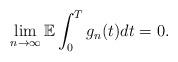
LaTeX: \begin{align*}\lim_{n\rightarrow \infty} \mathbb{E} \int_0^T g_n(t) dt = 0.\end{align*}